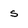
Character: s